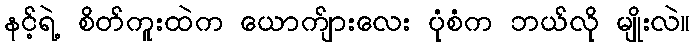
နင့်ရဲ့ စိတ်ကူးထဲက ယောက်ျားလေး ပုံစံက ဘယ်လို မျိုးလဲ။